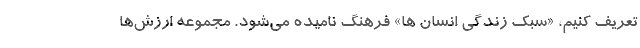
تعریف کنیم، «سبک زندگی انسان ها» فرهنگ نامیده می‌شود. مجموعه ارزش‌ها